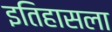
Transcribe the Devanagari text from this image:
इतिहासला